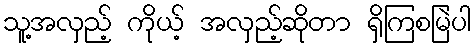
သူ့အလှည့် ကိုယ့် အလှည့်ဆိုတာ ရှိကြစမြဲပါ